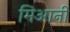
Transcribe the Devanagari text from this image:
मिआनी